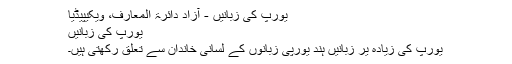
یورپ کی زبانیں - آزاد دائرۃ المعارف، ویکیپیڈیا
یورپ کی زبانیں
یورپ کی زیادہ یر زبانیں ہند یورپی زبانوں کے لسانی خاندان سے تعلق رکھتی ہیں۔